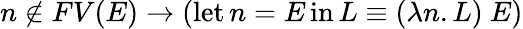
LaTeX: n\not\in FV(E)\to(\operatorname{let}n=E\operatorname{in}L\equiv(\lambda n.L)\ E)